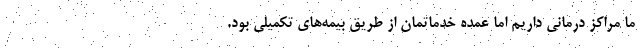
ما مراکز درمانی داریم اما عمده خدماتمان از طریق بیمه‌های تکمیلی بود.